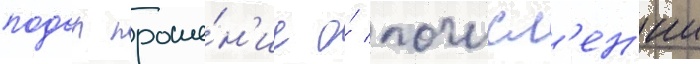
подал проше́н'ие о́ почисл'ен'ии